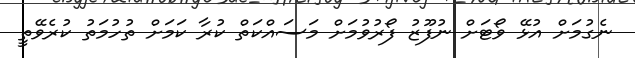
ނެގުމަށް އުޅޭ ވޯޓަށް ނުފޫޒު ފޯރުވުމަށް މަސައްކަތް ކުރާ ކަމަށް ތުހުމަތު ކުރެވޭތީ